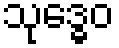
သုဒ္ဓေဝ